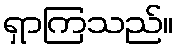
ရှာကြသည်။